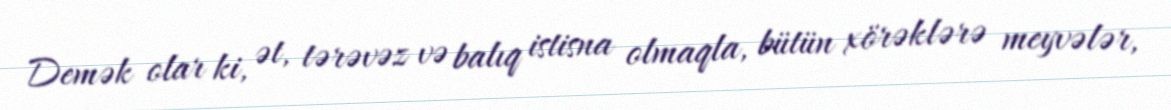
Demək olar ki, ət, tərəvəz və balıq istisna olmaqla, bütün xörəklərə meyvələr,